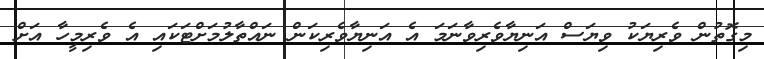
މިގޮތުން ވެރިޔަކު ވިޔަސް އަނިޔާވެރިވާނަމަ އެ އަނިޔާވެރިކަން ނައްތާލުމަށްޓަކައި އެ ވެރިމީހާ އަށް